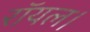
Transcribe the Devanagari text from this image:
रॉयल।